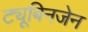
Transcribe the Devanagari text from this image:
ट्यूबिनजेन